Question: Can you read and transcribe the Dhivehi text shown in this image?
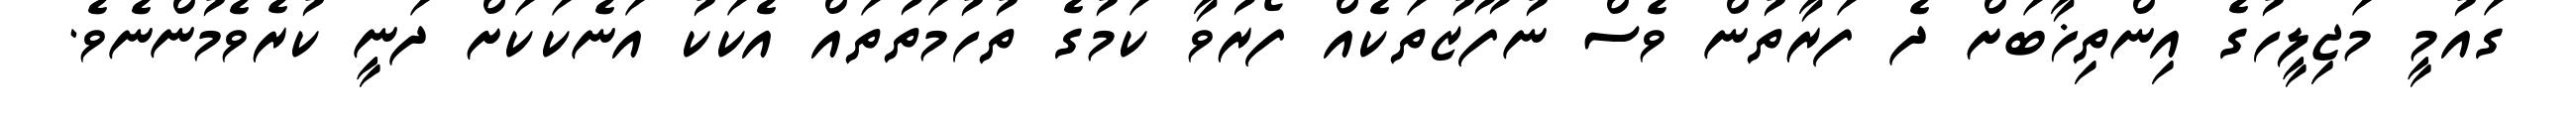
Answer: ގައުމީ މަޖިލީހުގެ އިންތިޚާބަށް ދެ ފަރާތުން ވެސް ނުފޫޒުތަކެއް ފޯރުވާ ކަމުގެ ތުހުމަތުތައް އެކަކު އަނެކަކަށް ދަނީ ކުރެވެމުންނެވެ.